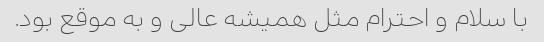
با سلام و احترام مثل همیشه عالی و به موقع بود.